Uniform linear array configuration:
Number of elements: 8
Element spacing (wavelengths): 0.75
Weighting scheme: cosine
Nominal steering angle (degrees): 0
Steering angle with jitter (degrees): -0.9136
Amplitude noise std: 0.05
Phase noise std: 0.05

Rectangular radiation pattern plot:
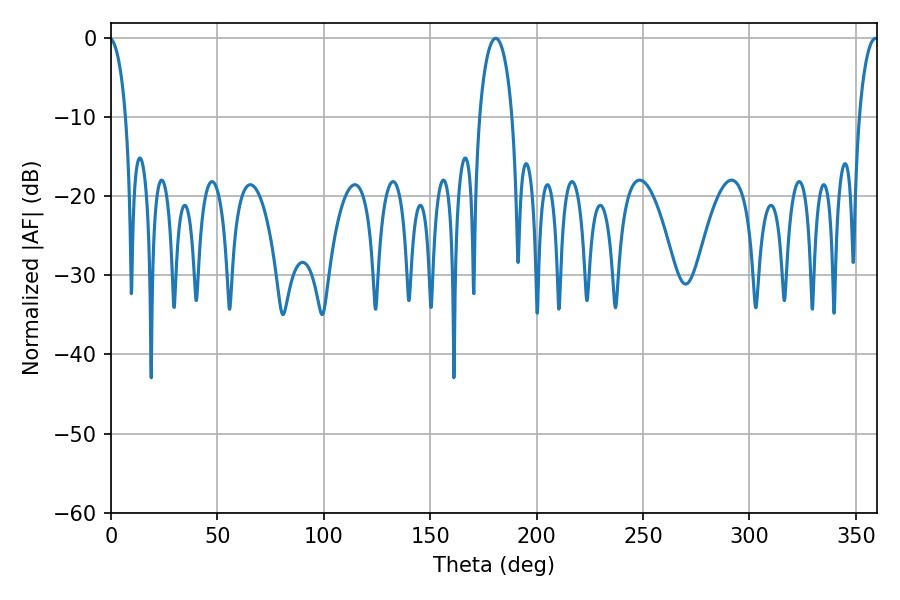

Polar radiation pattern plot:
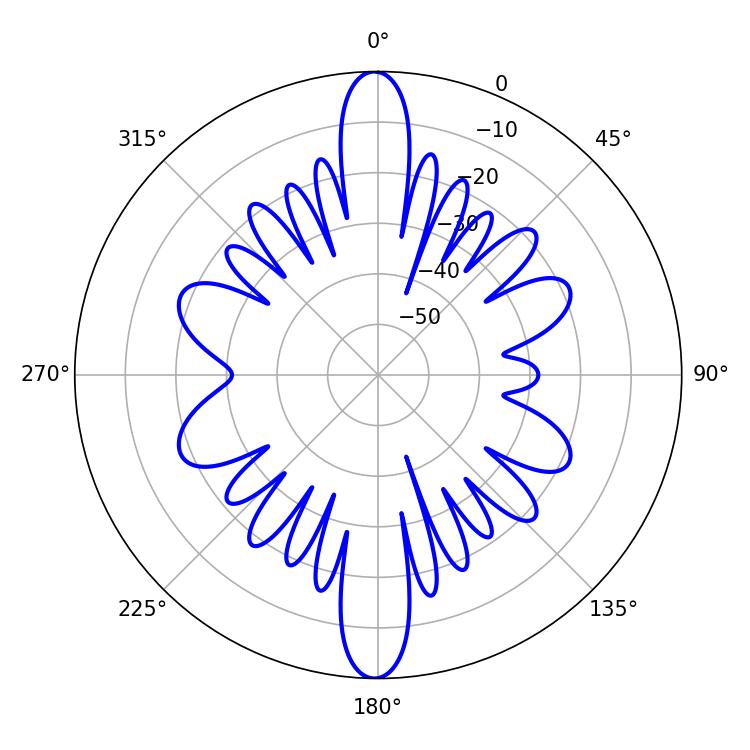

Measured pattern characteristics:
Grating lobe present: TRUE
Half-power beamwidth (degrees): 8.82
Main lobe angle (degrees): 180.72